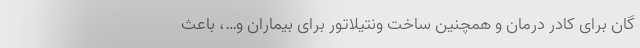
گان برای کادر درمان و همچنین ساخت ونتیلاتور برای بیماران و…، باعث